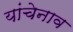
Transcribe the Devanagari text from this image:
यांचेनाव